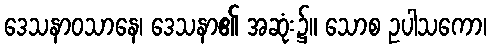
ဒေသနာဝသာနေ၊ ဒေသနာ၏ အဆုံး၌။ သောစ ဥပါသကော၊